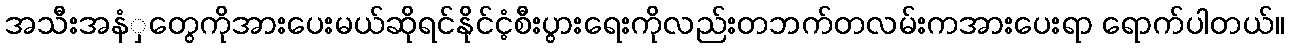
အသီးအနံှတွေကိုအားပေးမယ်ဆိုရင်နိုင်ငံ့စီးပွားရေးကိုလည်းတဘက်တလမ်းကအားပေးရာ ရောက်ပါတယ်။